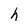
Character: h